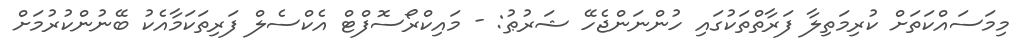
މިމަސައްކަތަށް ކުރިމަތިލާ ފަރާތްތަކުގައި ހުންނަންޖެހޭ ޝަރުޠު: - މައިކްރޯސޮފްޓް އެކްސެލް ފަރިތަކަމާއެކު ބޭނުންކުރުމަށް